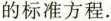
的标准方程。